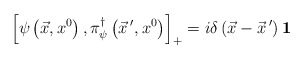
\begin{align*}\left[ \psi \left( \vec{x},x^{0}\right) ,\pi _{\psi }^{\dagger }\left( \vec{x}\,^{\prime },x^{0}\right) \right] _{+}=i\delta \left( \vec{x}-\vec{x}\,^{\prime}\right) {\bf 1}\end{align*}